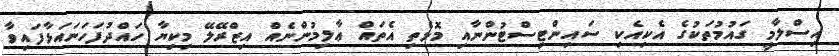
އިސްލާމީ ގައުމުތަކުގެ އެކިއެކި ސައިންޓިސްޓުންނާއި މޮޅެތި އެތައް ޢާލިމުންނެއް އިޒްރޭލޭ މިކިޔާ ހައްދުފަހަނައަޅާފައިވާ